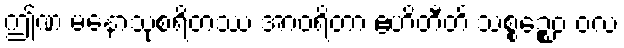
ဤဏ မနောသုစရိတဿ အာဝရိတာ ဧဟိတီတိ သစ္စဉ္စေဝ ဝလ